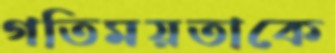
গতিময়তাকে